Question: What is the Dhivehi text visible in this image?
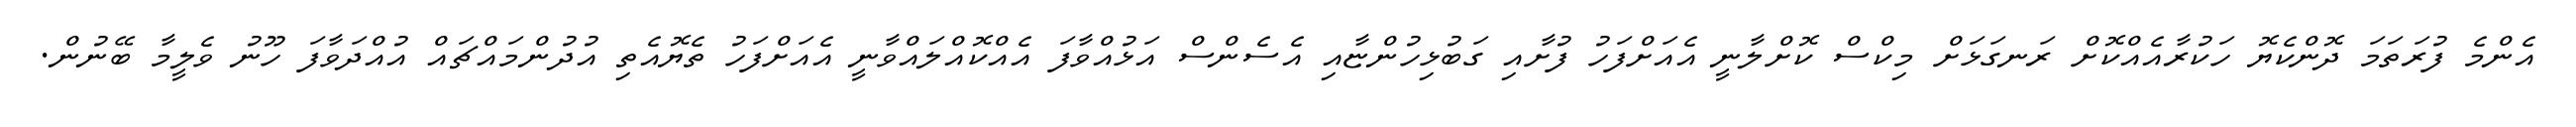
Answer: އެންމެ ފުރަތަމަ ދޮންކެޔޮ ހަކުރާއެއްކޮށް ރަނގަޅަށް މިކްސް ކޮށްލާނީ އެއަށްފަހު ފުށާއި ގަބުޅިހުންޏާއި އެސެންސް އަޅުއްވާފަ އެއްކޮއްލައްވާނީ އެއަށްފަހު ތެޔޮއެތި އުދުންމައްޗައް އުއްދަވާފަ ހޫނު ވެލީމާ ބޭނުން.